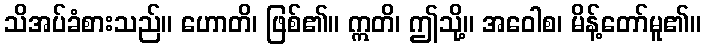
သိအပ်ခံစားသည်။ ဟောတိ၊ ဖြစ်၏။ ဣတိ၊ ဤသို့။ အဝေါစ၊ မိန့်တော်မူ၏။